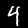
Digit: 4